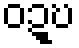
ဝဍ္ဎ